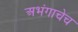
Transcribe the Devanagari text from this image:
अभंगाचेच